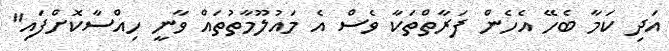
އަދި ކަމާ ބެހޭ އެހެން ފަރާތްތަކާ ވެސް އެ މައުލޫމާތުތައް ވާނީ ހިއްސާކޮށްފައި"